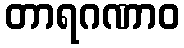
တာရဂဏာဝ